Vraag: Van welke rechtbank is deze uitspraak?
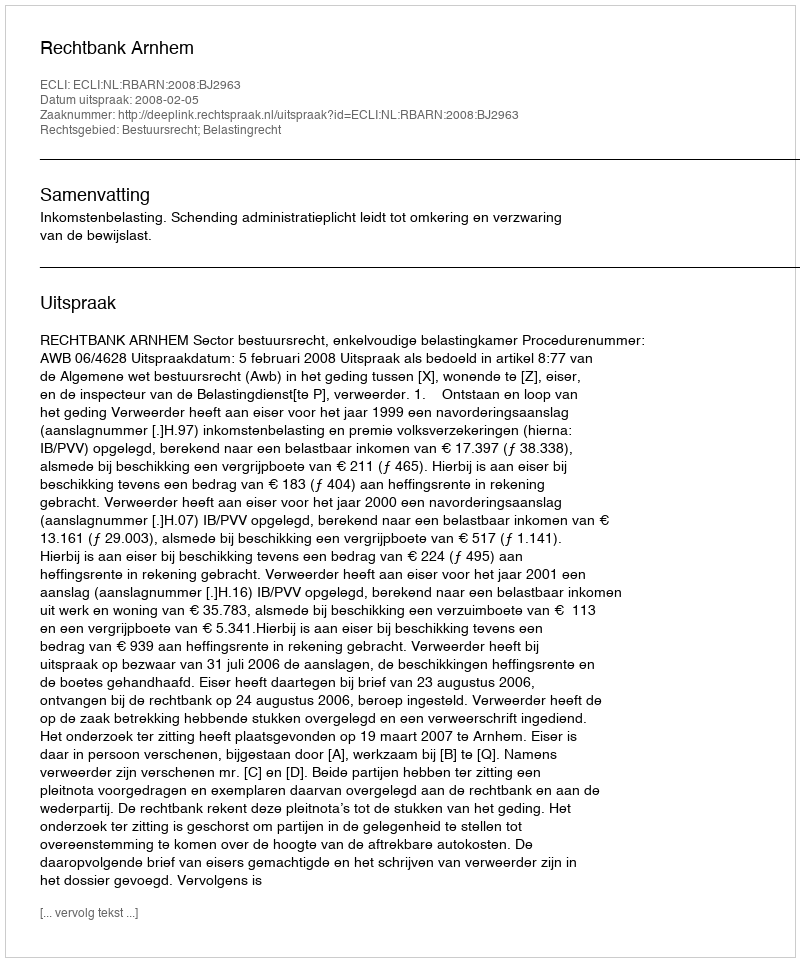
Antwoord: Rechtbank Arnhem